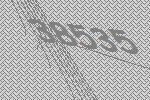
38535